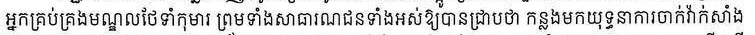
អ្នកគ្រប់គ្រងមណ្ឌលថែទាំកុមារ ព្រមទាំងសាធារណជនទាំងអស់ឲ្យបានជ្រាបថា កន្លងមកយុទ្ធនាការចាក់វ៉ាក់សាំង